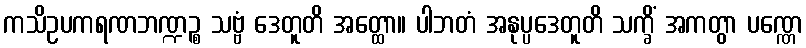
ကသိဥပကရဏဘဏ္ဍဉ္စ သဗ္ဗံ ဒေတူတိ အတ္ထော။ ပါဘတံ အနုပ္ပဒေတူတိ သက္ခိံ အကတွာ ပဏ္ဏေ